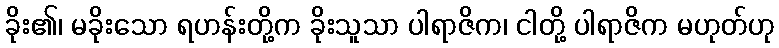
ခိုး၏၊ မခိုးသော ရဟန်းတို့က ခိုးသူသာ ပါရာဇိက၊ ငါတို့ ပါရာဇိက မဟုတ်ဟု